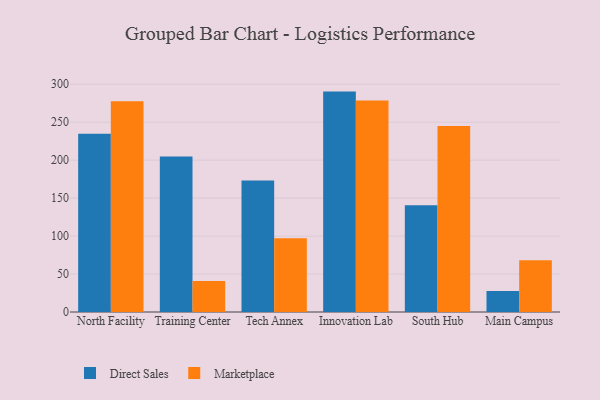
{"axis": {"x": "Campus", "y": "Revenue (USD Million)"}, "legend": ["Direct Sales", "Marketplace"], "data": [{"x": "North Facility", "y": 234.7, "type": "Direct Sales"}, {"x": "North Facility", "y": 277.5, "type": "Marketplace"}, {"x": "Training Center", "y": 204.7, "type": "Direct Sales"}, {"x": "Training Center", "y": 40.8, "type": "Marketplace"}, {"x": "Tech Annex", "y": 173.3, "type": "Direct Sales"}, {"x": "Tech Annex", "y": 97.3, "type": "Marketplace"}, {"x": "Innovation Lab", "y": 290.3, "type": "Direct Sales"}, {"x": "Innovation Lab", "y": 278.6, "type": "Marketplace"}, {"x": "South Hub", "y": 140.5, "type": "Direct Sales"}, {"x": "South Hub", "y": 245.1, "type": "Marketplace"}, {"x": "Main Campus", "y": 27.6, "type": "Direct Sales"}, {"x": "Main Campus", "y": 68.2, "type": "Marketplace"}]}